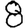
Digit: 8